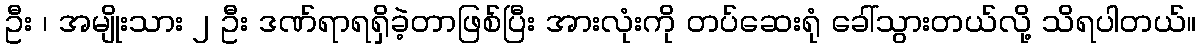
ဦး ၊ အမျိုးသား ၂ ဦး ဒဏ်ရာရရှိခဲ့တာဖြစ်ပြီး အားလုံးကို တပ်ဆေးရုံ ခေါ်သွားတယ်လို့ သိရပါတယ်။